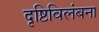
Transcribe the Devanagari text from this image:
दृष्टिविलंबना